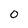
Character: 0